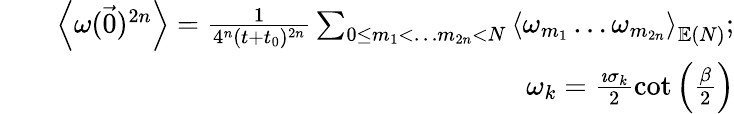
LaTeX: \begin{array}{rlr}&{}&{\left\langle\omega(\vec{0})^{2n}\right\rangle=\frac{1}{4^{n}(t+t_{0})^{2n}}\sum_{0\le m_{1}<\dots m_{2n}<N}\left\langle\omega_{m_{1}}\dots\omega_{m_{2n}}\right\rangle_{\mathbb{E}(N)};}\\ &{}&{\omega_{k}=\frac{\imath\sigma_{k}}{2}\cot\left(\frac{\beta}{2}\right)}\end{array}